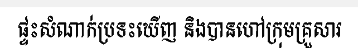
ផ្ទះសំណាក់ប្រទះឃើញ និងបានហៅក្រុមគ្រួសារ